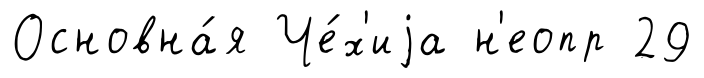
Основна́я Че́х'иjа н'еопр 29